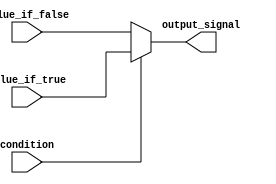
module conditional_assignment (
    input wire condition,      // Input signal for condition evaluation
    input wire value_if_true,  // Input signal for true value
    input wire value_if_false, // Input signal for false value
    output wire output_signal   // Output signal based on condition
);

// Continuous assignment using the ternary operator
assign output_signal = condition ? value_if_true : value_if_false;

endmodule